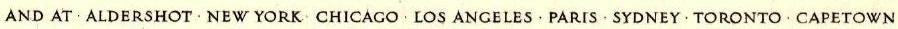
AND AT·ALDERSHOT·NEW YORK·CHICAGO·LOS ANGELES·PARIS·SYDNEY·TORONTO·CAPETOWN